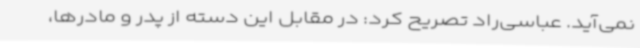
نمی‌آید. عباسی‌راد تصریح کرد: در مقابل این دسته از پدر و مادرها،